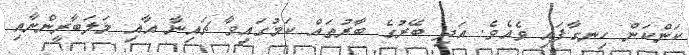
ކަންކަން ހިނގާފައި ވެއެވެ. އަދި ބޭރުގެ ބާރުތައް ކަމުގައިވާ ޗައިނާ އާއި މަލަބާރީންނާއި